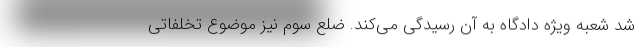
شد شعبه ویژه دادگاه به آن رسیدگی می‌کند. ضلع سوم نیز موضوع تخلفاتی